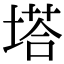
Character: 塔